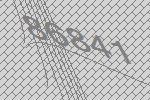
86841